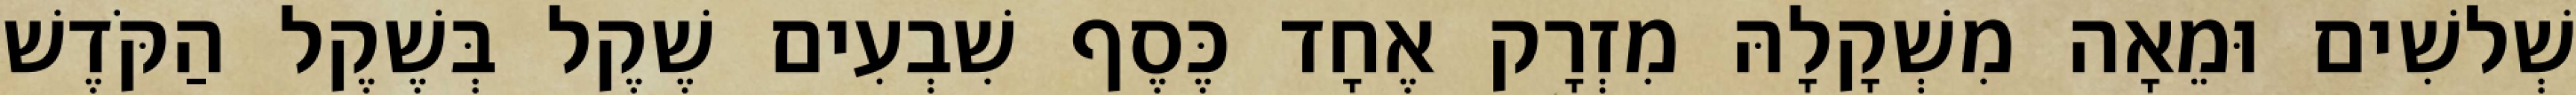
שְׁלשִׁים וּמֵאָה מִשְׁקָלָהּ מִזְרָק אֶחָד כֶּסֶף שִׁבְעִים שֶׁקֶל בְּשֶׁקֶל הַקֹּדֶשׁ